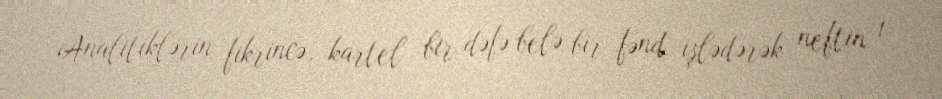
Analitiklərin fikrincə, kartel bir dəfə belə bir fənd işlədərək neftin 1